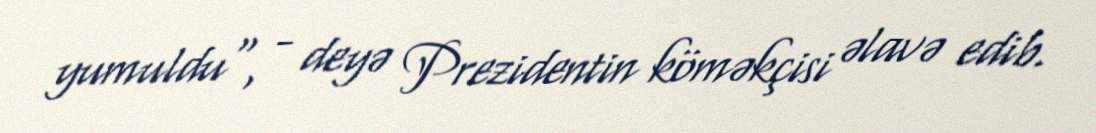
yumuldu", - deyə Prezidentin köməkçisi əlavə edib.